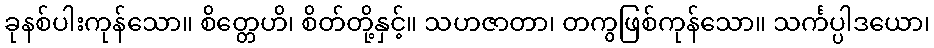
ခုနစ်ပါးကုန်သော။ စိတ္တေဟိ၊ စိတ်တို့နှင့်။ သဟဇာတာ၊ တကွဖြစ်ကုန်သော။ သင်္ကပ္ပါဒယော၊